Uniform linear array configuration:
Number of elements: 48
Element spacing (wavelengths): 0.5
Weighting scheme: cosine
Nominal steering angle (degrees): -60
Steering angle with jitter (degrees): -58.303
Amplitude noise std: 0.05
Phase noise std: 0.05

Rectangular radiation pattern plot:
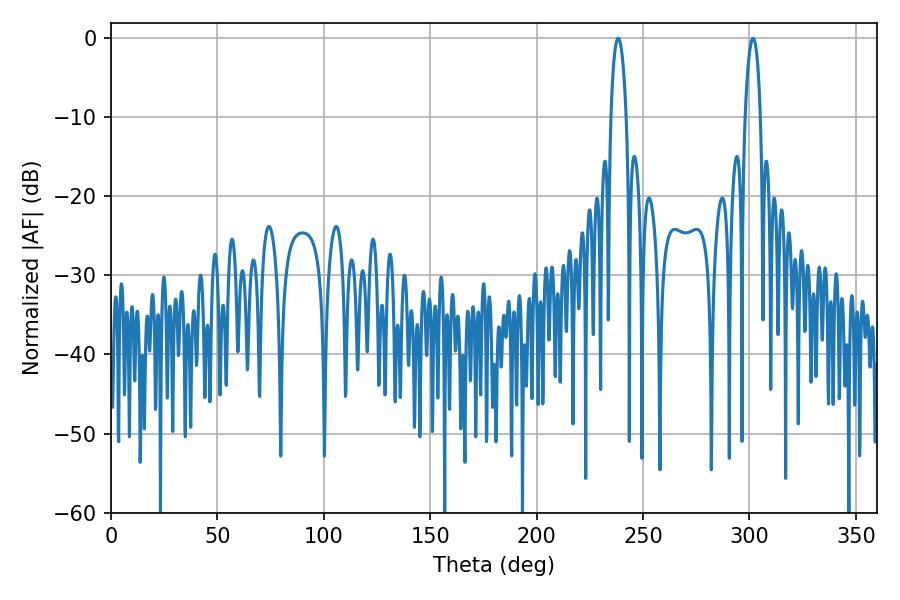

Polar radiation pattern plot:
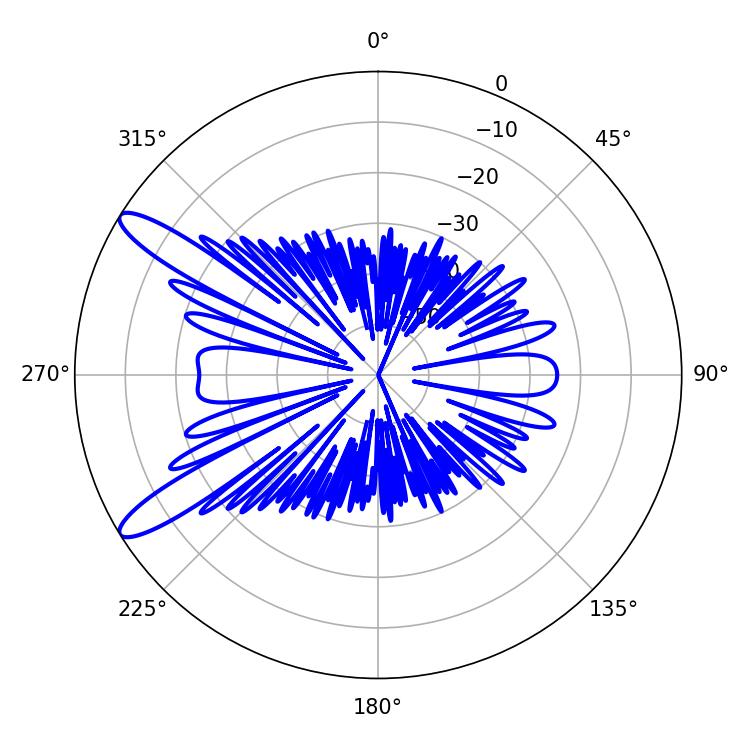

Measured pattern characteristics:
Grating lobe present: FALSE
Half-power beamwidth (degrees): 4.14
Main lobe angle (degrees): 238.32